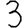
Digit: 3